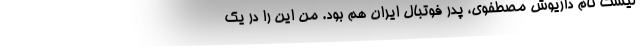
لیست نام داریوش مصطفوی، پدر فوتبال ایران هم بود. من این را در یک